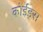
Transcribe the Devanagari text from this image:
कोईड्स